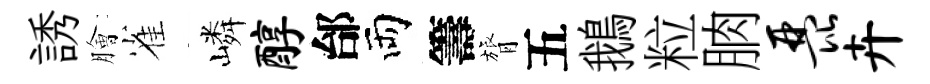
誘膾雀嶙醇邰両籌膂五鵝粒朒琵卉